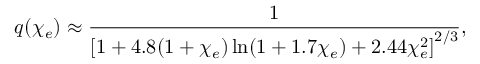
q ( \chi _ { e } ) \approx \frac { 1 } { \left[ 1 + 4 . 8 ( 1 + \chi _ { e } ) \ln ( 1 + 1 . 7 \chi _ { e } ) + 2 . 4 4 \chi _ { e } ^ { 2 } \right] ^ { 2 / 3 } } ,